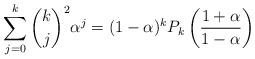
LaTeX: \begin{align*}\sum_{j=0}^k{k \choose j}^2\alpha^j = (1-\alpha)^kP_k\left(\frac{1+\alpha}{1-\alpha}\right) \end{align*}